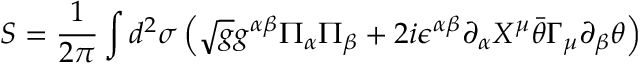
S = \frac { 1 } { 2 \pi } \int d ^ { 2 } \sigma \left( \sqrt { g } g ^ { \alpha \beta } \Pi _ { \alpha } \Pi _ { \beta } + 2 i \epsilon ^ { \alpha \beta } \partial _ { \alpha } X ^ { \mu } \bar { \theta } \Gamma _ { \mu } \partial _ { \beta } \theta \right)